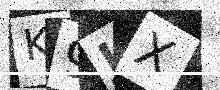
Text: K9JX